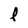
Character: l